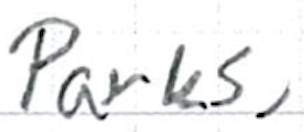
Text: Parks,
Cross-out: clean
Writing tool: ballpoint